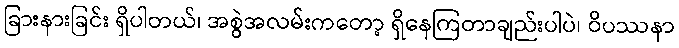
ခြားနားခြင်း ရှိပါတယ်၊ အစွဲအလမ်းကတော့ ရှိနေကြတာချည်းပါပဲ၊ ဝိပဿနာ